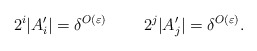
\begin{align*}2^i|A_i'|=\delta^{O(\varepsilon)}\;\;\;\;\;\;\;\;2^j|A_j'|=\delta^{O(\varepsilon)}.\end{align*}